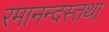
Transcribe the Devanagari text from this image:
रमानन्दस्तथा